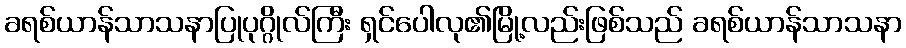
ခရစ်ယာန်သာသနာပြုပုဂ္ဂိုလ်ကြီး ရှင်ပေါလု၏မြို့လည်းဖြစ်သည် ခရစ်ယာန်သာသနာ